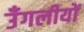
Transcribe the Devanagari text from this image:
उँगलीयों